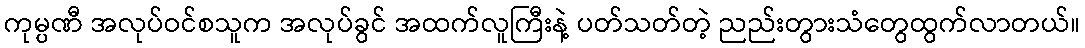
ကုမ္ပဏီ အလုပ်ဝင်စသူက အလုပ်ခွင် အထက်လူကြီးနဲ့ ပတ်သတ်တဲ့ ညည်းတွားသံတွေထွက်လာတယ်။